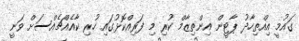
ގައުމީ އިއްތިހާދު ޕާޓީން އިންތިޒާމް ކުރި މި ފަރިއްކޮޅުގައި ހުރި ކާއެއްޗެއްސަށް ވަނީ